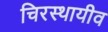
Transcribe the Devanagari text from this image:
चिरस्थायीव